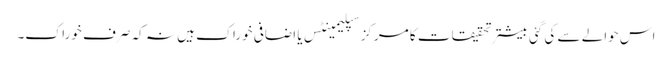
اس حوالے سے کی گئی بیشتر تحقیقات کا مرکز سپلیمینٹس یا اضافی خوراک ہیں نہ کہ صرف خوراک۔